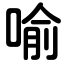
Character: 喻